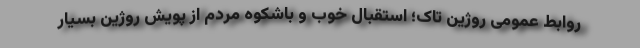
روابط عمومی روژین تاک؛ استقبال خوب و باشکوه مردم از پویش روژین بسیار